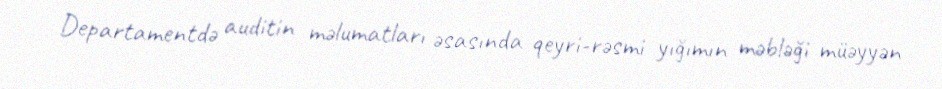
Departamentdə auditin məlumatları əsasında qeyri-rəsmi yığımın məbləği müəyyən